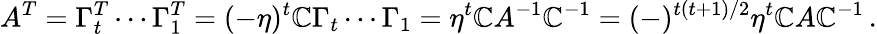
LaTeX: A^{T}=\Gamma_{t}^{T}\cdots\Gamma_{1}^{T}=(-\eta)^{t}{\cal\mathbb{C}}\Gamma_{t}\cdots\Gamma_{1}=\eta^{t}{\cal\mathbb{C}}A^{-1}{\cal\mathbb{C}}^{-1}=(-)^{t(t+1)/2}\eta^{t}{\cal\mathbb{C}}A{\cal\mathbb{C}}^{-1}\, .